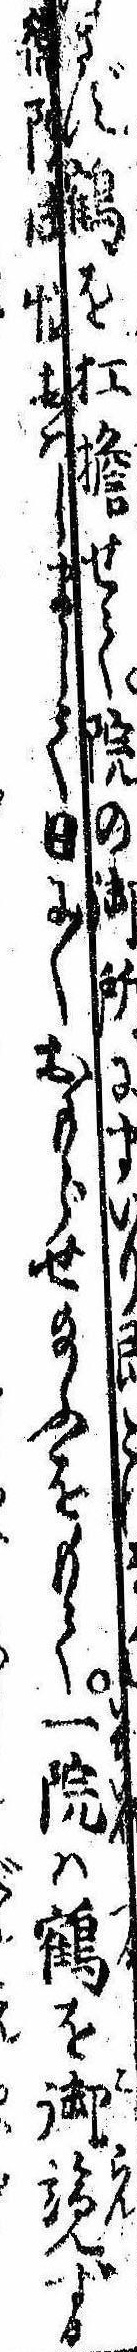
衛院御悩おはしまして日に〱おもらせ給ふをもて一院は鶴を御覧ずる